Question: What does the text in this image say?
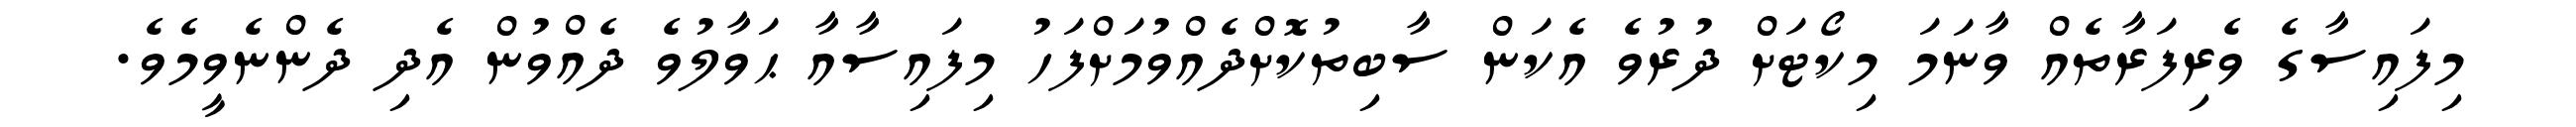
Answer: މިފައިސާގެ ވެރިފަރާތެއް ވާނަމަ މިކޯޓަށް ދުރުވެ އެކަން ސާބިތުކޮށްދެއްވުމަށްފަހު މިފައިސާއާ ޙަވާލުވެ ދެއްވުން އެދި ދެންނެވީމެވެ.